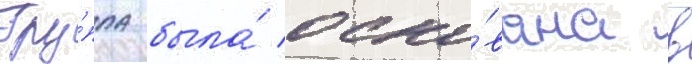
Гру́ппа была́ осно́вана в